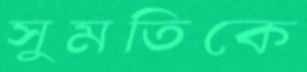
সুমতিকে